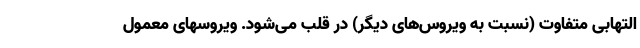
التهابی متفاوت (نسبت به ویروس‌های دیگر) در قلب می‌شود. ویروسهای معمول